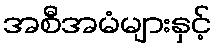
အစီအမံများနှင့်